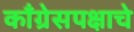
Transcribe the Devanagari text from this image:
काँग्रेसपक्षाचे